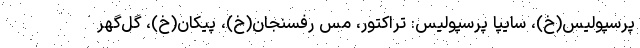
پرسپولیس(خ)، سایپا پرسپولیس: تراکتور، مس رفسنجان(خ)، پیکان(خ)، گل‌گهر